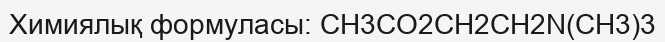
Химиялық формуласы: СH3CO2CH2CH2N(СH3)3